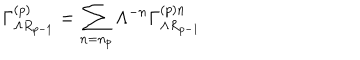
\Gamma _ { \Lambda R _ { p - 1 } } ^ { \left( p \right) } = \sum _ { n = n _ { p } } \Lambda ^ { - n } \Gamma _ { \Lambda R _ { p - 1 } } ^ { \left( p \right) n }